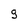
Character: g